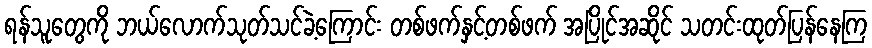
ရန်သူတွေကို ဘယ်လောက်သုတ်သင်ခဲ့ကြောင်း တစ်ဖက်နှင့်တစ်ဖက် အပြိုင်အဆိုင် သတင်းထုတ်ပြန်နေကြ